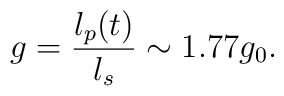
g =\frac{l_p(t)}{l_s} \sim 1.77 g_0.